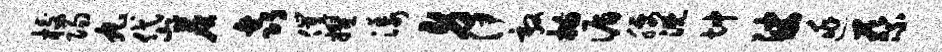
校阳丸岱尘鑫催擢漾身伊敦描循腰溉坤娑逃蔡